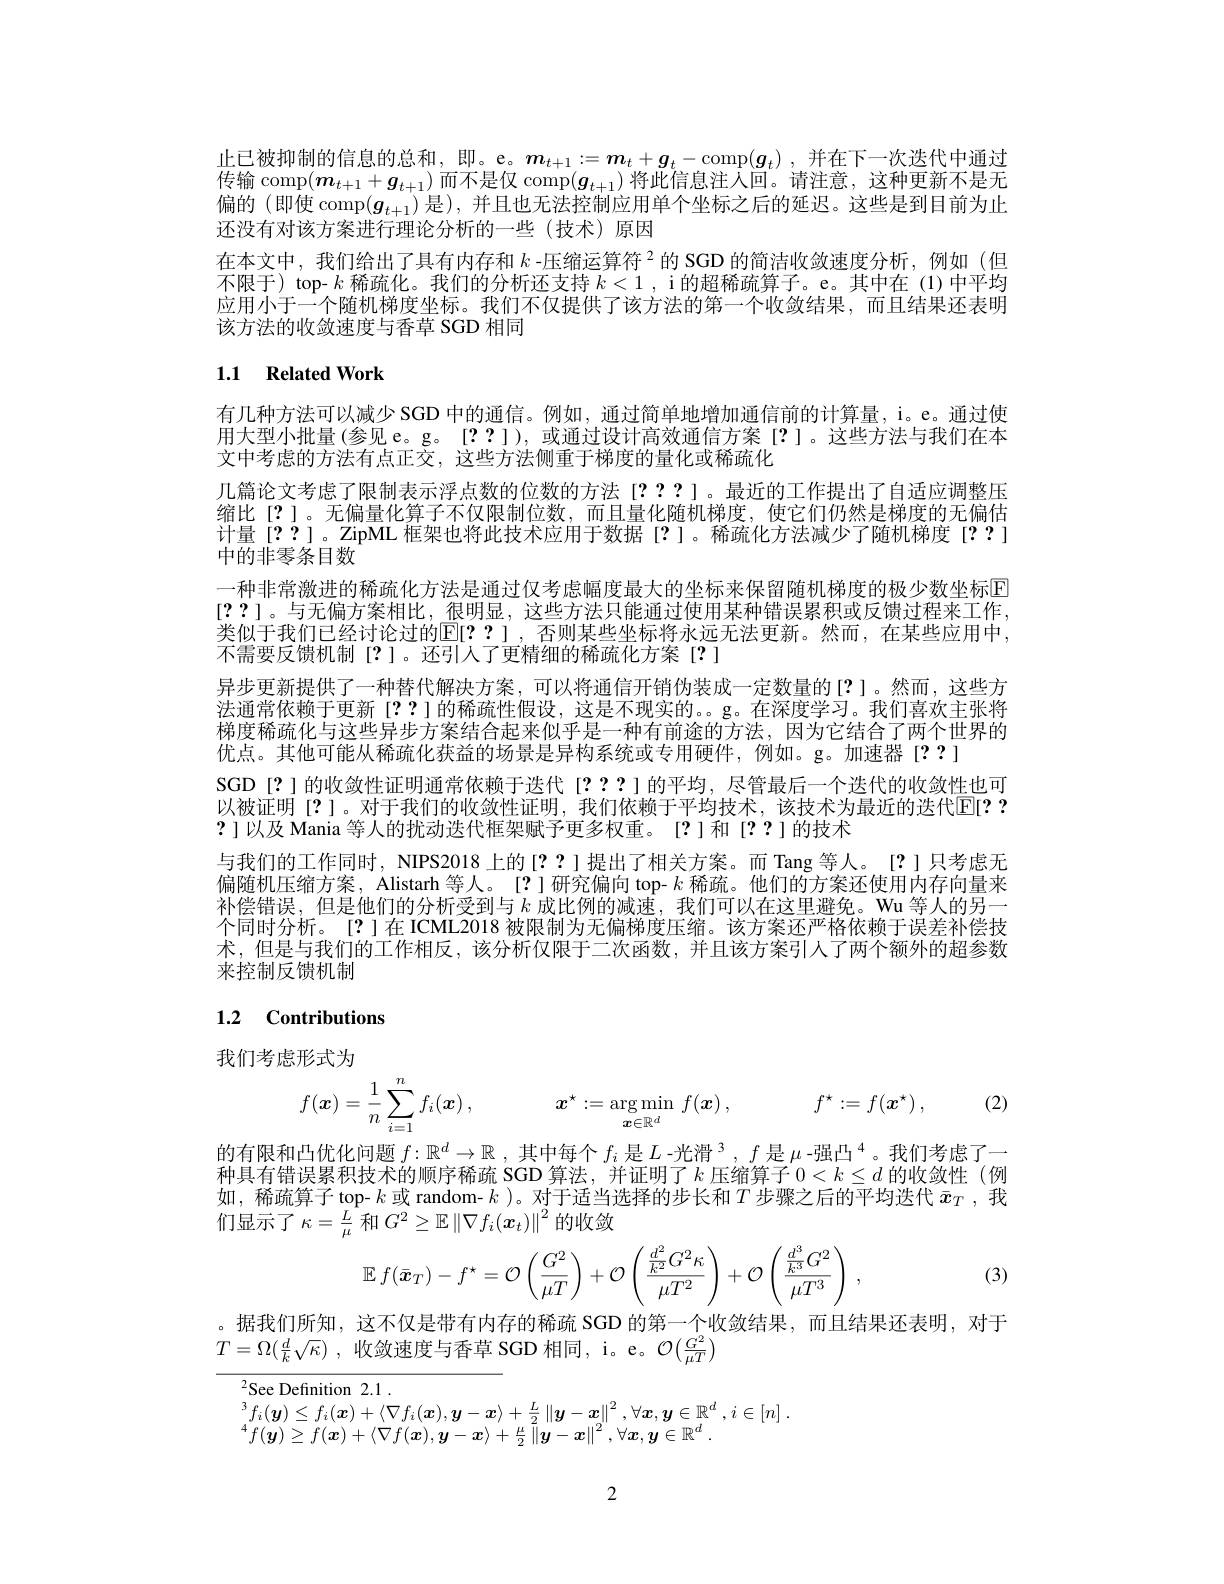
止已被抑制的信息的总和，即。e。$\boldsymbol{m}_t+1:=\boldsymbol{m}_t+\boldsymbol{g}_t-\operatorname{comp}(\boldsymbol{g}_t)$ ,并在下一次迭代中通过传输$\operatorname*{comp}(\boldsymbol{m}_{t+1}+\boldsymbol{g}_{t+1})$ 而不是仅$\operatorname{comp}(\boldsymbol{g}_t+1)$ 将此信息注人回。请注意，这种更新不是无偏的 (即使 comp$(\boldsymbol{g}_{t+1})$是),并且也无法控制应用单个坐标之后的延迟。这些是到目前为止还没有对该方案进行理论分析的一些(技术)原因
在本文中，我们给出了具有内存和$k\text{ -压缩运算符}^{2}$的 SGD 的简洁收敛速度分析，例如 (但不限于) top- $k$稀疏化。我们的分析还支持$k<1$, i 的超稀疏算子。e。其中在(1)中平均应用小于一个随机梯度坐标。我们不仅提供了该方法的第一个收敛结果，而且结果还表明该方法的收敛速度与香草 SGD 相同

## 1.1 Related Work

有几种方法可以减少 SGD 中的通信。例如，通过简单地增加通信前的计算量，i。e。通过使用大型小批量(参见 e。g。[??]), 或通过设计高效通信方案[?]。这些方法与我们在本文中考虑的方法有点正交，这些方法侧重于梯度的量化或稀疏化
几篇论文考虑了限制表示浮点数的位数的方法[????]。最近的工作提出了自适应调整压缩比[?]。无偏量化算子不仅限制位数，而且量化随机梯度，使它们仍然是梯度的无偏估计量[??]。ZipML 框架也将此技术应用于数据[?]。稀疏化方法减少了随机梯度[??] 中的非零条目数
一种非常激进的稀疏化方法是通过仅考虑幅度最大的坐标来保留随机梯度的极少数坐标E [??]。与无偏方案相比，很明显，这些方法只能通过使用某种错误累积或反馈过程来工作类似于我们已经讨论过的$\mathbb{E}[??]$,否则某些坐标将永远无法更新。然而，在某些应用中， 不需要反馈机制[?]。还引入了更精细的稀疏化方案[?]
异步更新提供了一种替代解决方案，可以将通信开销伪装成一定数量的[?]。然而，这些方法通常依赖于更新[??]的稀疏性假设，这是不现实的。。g。在深度学习。我们喜欢主张将梯度稀疏化与这些异步方案结合起来似乎是一种有前途的方法，因为它结合了两个世界的优点。其他可能从稀疏化获益的场景是异构系统或专用硬件，例如。g。加速器[??]
SGD[?]的收敛性证明通常依赖于迭代[???]的平均，尽管最后一个迭代的收敛性也可以被证明[?]。对于我们的收敛性证明，我们依赖于平均技术，该技术为最近的迭代$\mathbb{E}[??$ ? ]以及 Mania 等人的扰动迭代框架赋予更多权重。[?]和[??]的技术
与我们的工作同时，NIPS2018 上的[??]提出了相关方案。而 Tang 等人。[?] 只考虑无偏随机压缩方案，Alistarh 等人。[?]研究偏向 top- $k$稀疏。他们的方案还使用内存向量来补偿错误，但是他们的分析受到与$k$成比例的减速，我们可以在这里避免。Wu 等人的另一个同时分析。[?]在ICML2018 被限制为无偏梯度压缩。该方案还严格依赖于误差补偿技术，但是与我们的工作相反，该分析仅限于二次函数，并且该方案引人了两个额外的超参数来控制反馈机制

# 1.2 Contributions

我们考虑形式为
$$f(\boldsymbol{x})=\frac{1}{n}\sum_{i=1}^{n}f_{i}(\boldsymbol{x})\:,\quad\boldsymbol{x}^{\star}:=\underset{\boldsymbol{x}\in\mathbb{R}^{d}}{\operatorname*{\arg\min}}\:f(\boldsymbol{x})\:,\quad f^{\star}:=f(\boldsymbol{x}^{\star})\:,$$
(2)

的有限和凸优化问题$f:\mathbb{R}^d\to\mathbb{R}$ ,其中每个$f_i$是$L\text{- 光 滑 }^3, f$ 是 $\mu \text{- 强 凸 }^4$。我们考虑了一种具有错误累积技术的顺序稀疏 SGD 算法，并证明了$k$压缩算子$0<k\leq d$的收敛性(例如，稀疏算子$\operatorname{top-}k$ 或 random- $k$ )。对于适当选择的步长和$T$ 步骤之后的平均迭代 $\bar{x}_T$ ,我们显示了$\kappa=\frac L\mu$ 和 $G^2\geq\mathbb{E}\left\|\nabla f_i(\boldsymbol{x}_t)\right\|^2$的收敛
$$\mathbb{E}\:f(\bar{\boldsymbol{x}}_T)-f^\star=\mathcal{O}\left(\frac{G^2}{\mu T}\right)+\mathcal{O}\left(\frac{\frac{d^2}{k^2}G^2\kappa}{\mu T^2}\right)+\mathcal{O}\left(\frac{\frac{d^3}{k^3}G^2}{\mu T^3}\right)\:,$$
(3)

。据我们所知，这不仅是带有内存的稀疏 SGD 的第一个收敛结果，而且结果还表明，对于
$T= \Omega ( \frac dk\sqrt {\kappa })$ ,收敛速度与香草 SGD 相同，i。e。$\mathcal{O}(\frac{G^{2}}{\mu T})$

$^{2}$See Definition 2.1.
$$\begin{array}{l}^3f_i(\boldsymbol{y})\leq f_i(\boldsymbol{x})+\langle\nabla f_i(\boldsymbol{x}),\boldsymbol{y}-\boldsymbol{x}\rangle+\frac{L}{2}\left\|\boldsymbol{y}-\boldsymbol{x}\right\|^2,\forall\boldsymbol{x},\boldsymbol{y}\in\mathbb{R}^d\:,\:i\in[n]\:.\\^4f(\boldsymbol{y})\geq f(\boldsymbol{x})+\langle\nabla f(\boldsymbol{x}),\boldsymbol{y}-\boldsymbol{x}\rangle+\frac{\mu}{2}\left\|\boldsymbol{y}-\boldsymbol{x}\right\|^2,\forall\boldsymbol{x},\boldsymbol{y}\in\mathbb{R}^d\:.\end{array}$$
2